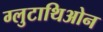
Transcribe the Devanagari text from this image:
ग्लुटाथिओन